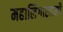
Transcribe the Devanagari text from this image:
महालिंगास्वामी